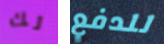
لك للدفع